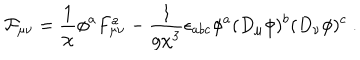
{ \cal F } _ { \mu \nu } = \frac { 1 } { \chi } \phi ^ { a } F _ { \mu \nu } ^ { a } - \frac { 1 } { g \chi ^ { 3 } } \epsilon _ { a b c } \phi ^ { a } ( D _ { \mu } \phi ) ^ { b } ( D _ { \nu } \phi ) ^ { c } \ .